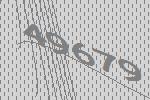
49679